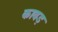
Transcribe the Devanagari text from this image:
कावड़